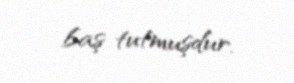
baş tutmuşdur.